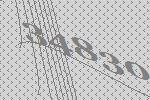
34830